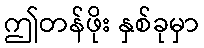
ဤတန်ဖိုး နှစ်ခုမှာ